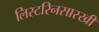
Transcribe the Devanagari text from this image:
लिस्टरिनसारखी